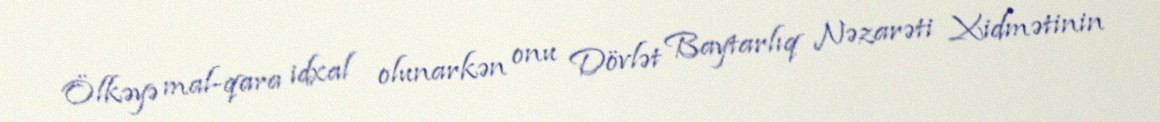
Ölkəyə mal-qara idxal olunarkən onu Dövlət Baytarlıq Nəzarəti Xidmətinin